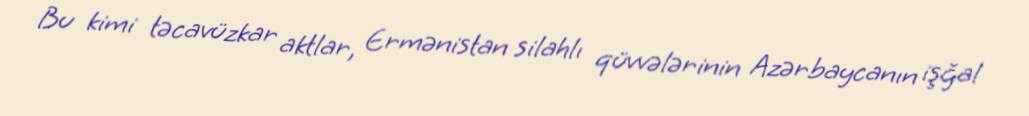
Bu kimi təcavüzkar aktlar, Ermənistan silahlı qüvvələrinin Azərbaycanın işğal